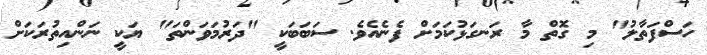
ހަސްފަތާލު" މި ގޮތް މާ ރަނގަޅުކަމަށް ފެނެއެވެ. ސަބަބަކީ "ދަރުމަވަންތަ" ޔަކީ ނަންއިތުރަކަށް